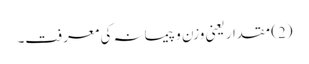
(2) مقدار یعنی وزن و پیمانہ کی معرفت۔